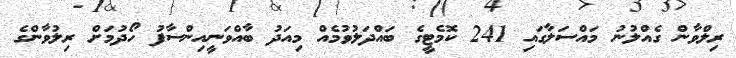
ރިލްވާން ގެއްލުނު މައްސަލާގައި 241 ކޮމެޓީގެ ބައްދަލުވުމެއް މިއަދު ބާއްވަނީއިންސާފު ހޯދުމަށް ރިލުވާންގެ